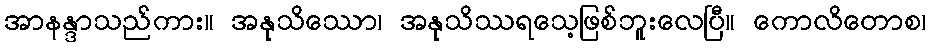
အာနန္ဒာသည်ကား။ အနုသိဿော၊ အနုသိဿရသေ့ဖြစ်ဘူးလေပြီ။ ကောလိတောစ၊